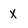
Character: X